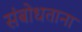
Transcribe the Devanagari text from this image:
संबोधताना